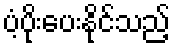
ပံ့ပိုးပေးနိုင်သည့်